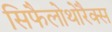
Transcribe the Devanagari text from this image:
सिफैलोथोरैक्स